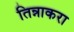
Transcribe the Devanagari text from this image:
तिन्नाकरा